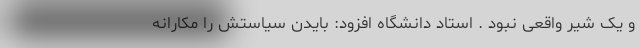
و یک شیر واقعی نبود . استاد دانشگاه افزود: بایدن سیاستش را مکارانه